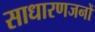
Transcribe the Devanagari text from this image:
साधारणजनों